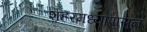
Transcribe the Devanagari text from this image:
शहरमध्यापासून